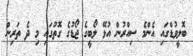
ބޮލީވުޑްގައި އެންމެ ސިއްރުން އުޅޭ ލޯބީގެ ޖޯޑުގެ ގޮތުގައި މި ދެ ތަރިން